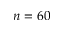
n = 6 0